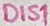
Text: DIS1